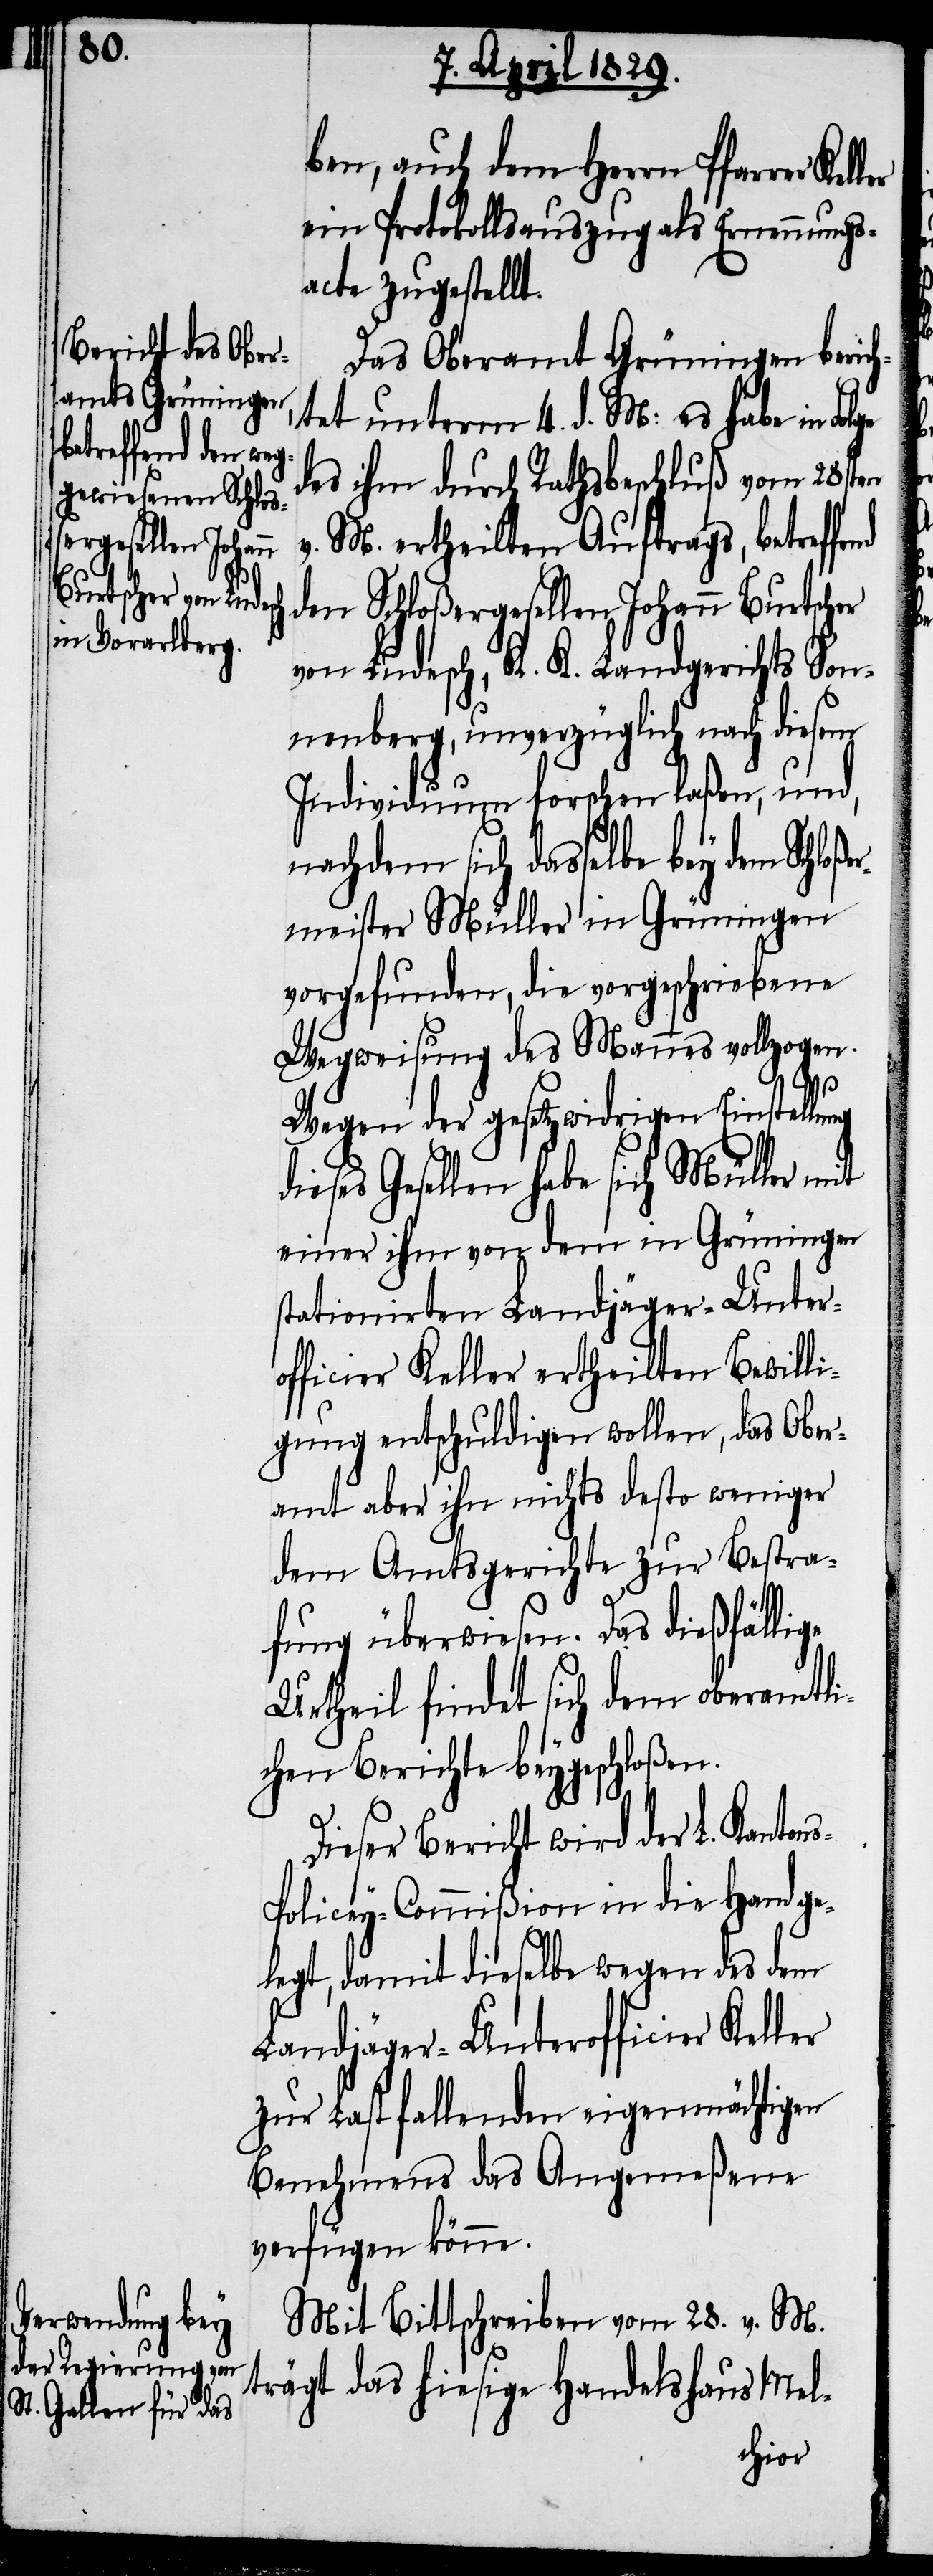
ben, auch dem Herrn Pfarrer
ein Protokollsauszug als Ernennungs¬
acte zugestellt.
Das Oberamt Grüningen beric¬
htet unterm 4. d. M: es habe in
des ihm durch Rathsbeschluß vom 28sten
v. M. ertheilten Auftrags, betreffe¬
den Schloßergesellen Johann Burtscher
von Ludesch, K. K. Landgerichts Son¬
nenberg, unverzüglich nach diesem
Individuum forschen laßen, und,
nachdem sich dasselbe bey dem Schloß¬
ermeister Müller in Grüningen
vorgefunden, die vorgeschriebene
Wegweisung des Mannes vollzogen.
ge
Wegen der gesetzeswidrigen Einstellung
Gesellen habe sich Müller mit
einer ihm von dem in Grüningen
stationirten Landjäger-Unter¬
officier Keller ertheilten Bewill¬
igung entschuldigen wollen, das Ober¬
amt aber ihn nichts desto weniger
dem Amtsgerichte zur Bestra¬
fung überwiesen. Das dießfälli¬
Urtheil findet sich dem oberamtli¬
chen Berichte beygeschloßen.
Dieser Bericht wird der L. Kanton¬
s-Policey-Commißion in die Hand ge¬
legt, damit dieselbe wegen des dem
Landjäger-Unterofficier Keller
zu Last fallenden eigenmächtigen
Benehmens das Angemeßene
verfügen könne.
Mit Bittschreiben vom 28. v. M.
trägt das hiesige Handelshaus Mel-